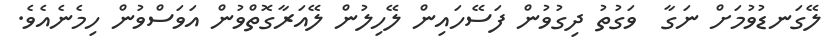
ލޭގަނޑުވުމަށް ނަގާ  ވަގުތު ދިގުވުން ފަސޭހައިން ލޭހިލުން ލޭއަރާގޮތްވުން އަވަސްވުން ހިމެނެއެވެ.